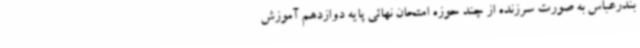
بندرعباس به صورت سرزنده از چند حوزه امتحان نهائی پایه دوازدهم آموزش